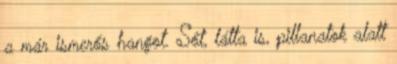
a már ismerős hangot. Sőt, látta is, pillanatok alatt